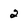
Character: 2